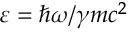
\varepsilon = \hbar \omega / \gamma m c ^ { 2 }